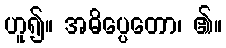
ဟူ၍။ အဓိပ္ပေတော၊ ၏။